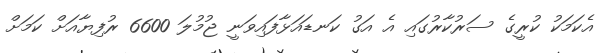
އެކަމަކު ކުރީގެ ސަރުކާރުގައި އެ އަގު ކަނޑައަޅާފައިވަނީ ޖުމުލަ 6600 ރުފިޔާއަށް ކަމަށް